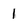
Character: 1